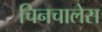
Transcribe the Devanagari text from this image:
चिनचालेस